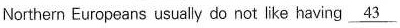
Northem Europeans usualy do nct like having \underline{43}